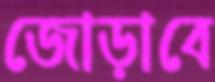
জোড়াবে